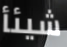
شيئأ